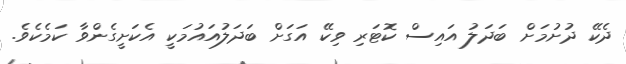
ދެކޭ ދުށުމަށް ބަދަލު އައިސް ކޮޓަރި ވިކޭ އަގަށް ބަދަލުއައުމަކީ އެކަށީގެންވާ ކަމެކެވެ.